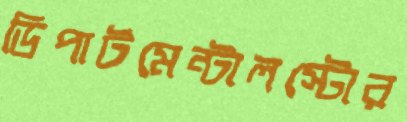
ডিপার্টমেন্টালস্টোর